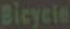
Bicycle